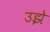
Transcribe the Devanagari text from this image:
उझे